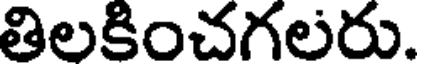
తిలకించగలరు.